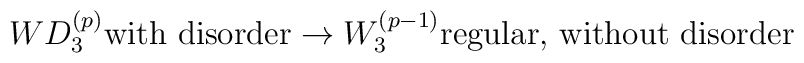
WD_{3}^{(p)}\mbox{with disorder}\rightarrow W_{3}^{(p-1)}\mbox{regular, without disorder}